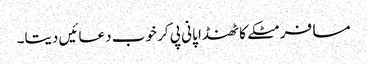
مسافر مٹکے کا ٹھنڈا پانی پی کر خوب دعائیں دیتا۔